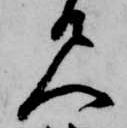
尺